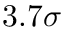
3 . 7 \sigma